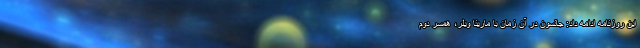
این روزنامه ادامه داد: جانسون در آن زمان با مارینا ویلر، همسر دوم